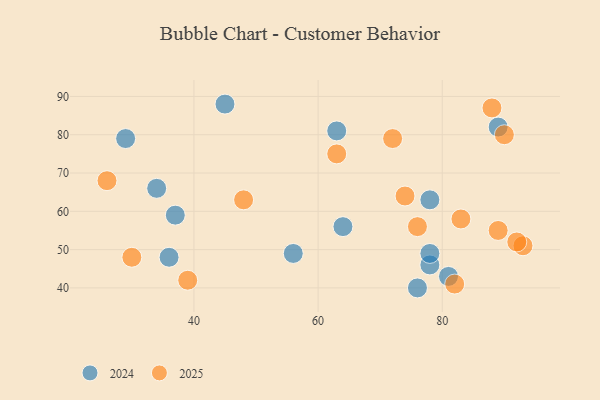
{"axis": {"x": "GDP", "y": "Life Expectancy"}, "legend": ["2024", "2025"], "data": [{"x": "30", "y": 48, "type": "2025"}, {"x": "89", "y": 55, "type": "2025"}, {"x": "72", "y": 79, "type": "2025"}, {"x": "90", "y": 80, "type": "2025"}, {"x": "76", "y": 56, "type": "2025"}, {"x": "93", "y": 51, "type": "2025"}, {"x": "83", "y": 58, "type": "2025"}, {"x": "48", "y": 63, "type": "2025"}, {"x": "63", "y": 75, "type": "2025"}, {"x": "92", "y": 52, "type": "2025"}, {"x": "39", "y": 42, "type": "2025"}, {"x": "82", "y": 41, "type": "2025"}, {"x": "88", "y": 87, "type": "2025"}, {"x": "74", "y": 64, "type": "2025"}, {"x": "26", "y": 68, "type": "2025"}, {"x": "63", "y": 81, "type": "2024"}, {"x": "78", "y": 46, "type": "2024"}, {"x": "76", "y": 40, "type": "2024"}, {"x": "78", "y": 49, "type": "2024"}, {"x": "34", "y": 66, "type": "2024"}, {"x": "36", "y": 48, "type": "2024"}, {"x": "81", "y": 43, "type": "2024"}, {"x": "64", "y": 56, "type": "2024"}, {"x": "45", "y": 88, "type": "2024"}, {"x": "56", "y": 49, "type": "2024"}, {"x": "29", "y": 79, "type": "2024"}, {"x": "37", "y": 59, "type": "2024"}, {"x": "78", "y": 63, "type": "2024"}, {"x": "89", "y": 82, "type": "2024"}]}